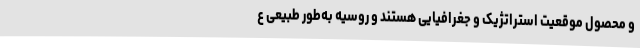
و محصول موقعیت استراتژیک و جغرافیایی هستند و روسیه به‌طور طبیعی ع